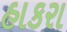
હાકરા